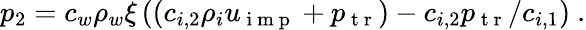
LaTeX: p_{2}=c_{w}\rho_{w}\xi\left(\left(c_{i,2}\rho_{i}u_{\mathrm{~i~m~p~}}+p_{\mathrm{~t~r~}}\right)-c_{i,2}p_{\mathrm{~t~r~}}/c_{i,1}\right)\ .